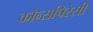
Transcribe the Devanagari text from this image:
कौन्सपिरेसी